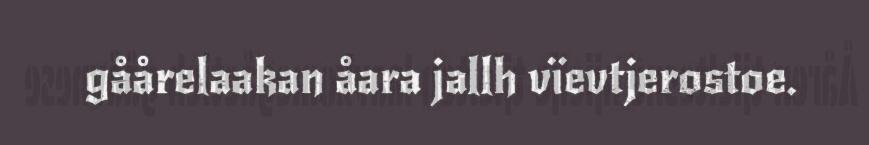
gåårelaakan åara jallh vïevtjerostoe.